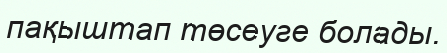
пақыштап төсеуге болады.